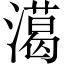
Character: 㵧